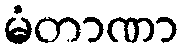
မံတာဏာ